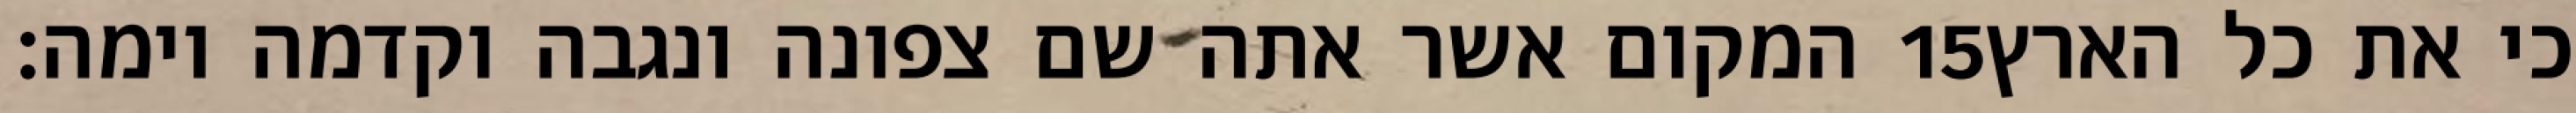
המקום אשר אתה שם צפונה ונגבה וקדמה וימה׃ ‎15‏ כי את כל הארץ